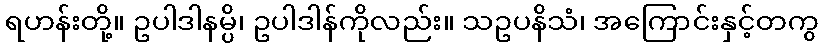
ရဟန်းတို့။ ဥပါဒါနမ္ပိ၊ ဥပါဒါန်ကိုလည်း။ သဥပနိသံ၊ အကြောင်းနှင့်တကွ